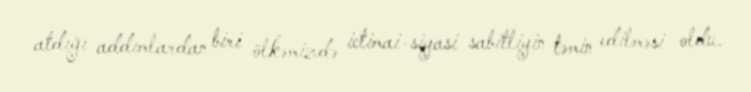
atdığı addımlardan biri ölkəmizdə ictimai-siyasi sabitliyin təmin edilməsi oldu.